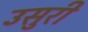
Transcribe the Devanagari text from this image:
उसुरी